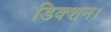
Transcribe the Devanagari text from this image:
डिक्शन।